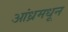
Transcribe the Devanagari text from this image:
आंध्रमधून